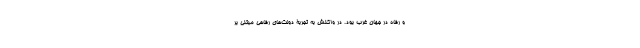
و رفاه در جهان غرب بود. در واکنش به تجربۀ دولت‌های رفاهی مبتنی بر